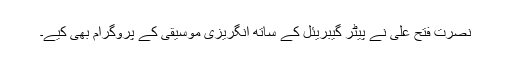
نصرت فتح علی نے پیٹر گیبریئل کے ساتھ انگریزی موسیقی کے پروگرام بھی کیے۔